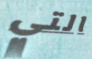
التي